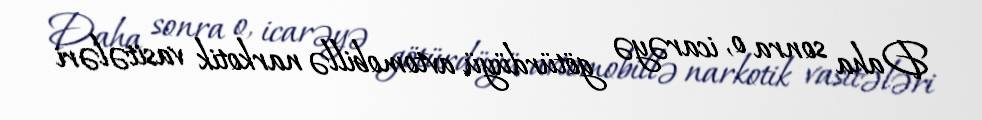
Daha sonra o, icarəyə götürdüyü avtomobillə narkotik vasitələri